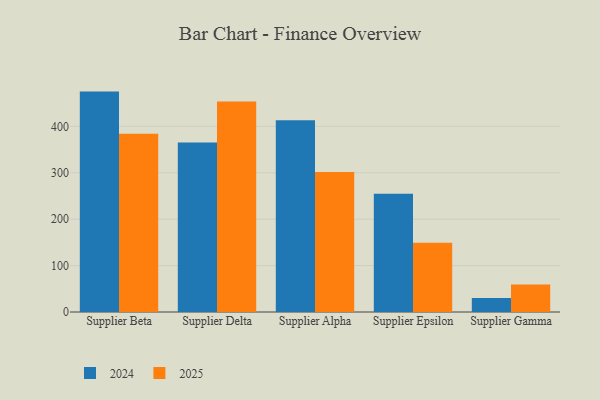
{"axis": {"x": "Supplier", "y": "Tickets Resolved"}, "legend": ["2024", "2025"], "data": [{"x": "Supplier Beta", "y": 474.9, "type": "2024"}, {"x": "Supplier Beta", "y": 383.9, "type": "2025"}, {"x": "Supplier Delta", "y": 365.1, "type": "2024"}, {"x": "Supplier Delta", "y": 453.8, "type": "2025"}, {"x": "Supplier Alpha", "y": 412.9, "type": "2024"}, {"x": "Supplier Alpha", "y": 301.8, "type": "2025"}, {"x": "Supplier Epsilon", "y": 254.7, "type": "2024"}, {"x": "Supplier Epsilon", "y": 149.3, "type": "2025"}, {"x": "Supplier Gamma", "y": 29.9, "type": "2024"}, {"x": "Supplier Gamma", "y": 59.1, "type": "2025"}]}